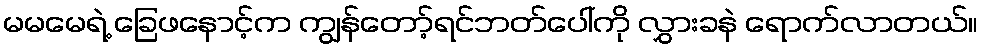
မမမေရဲ့ ခြေဖနောင့်က ကျွန်တော့်ရင်ဘတ်ပေါ်ကို လွှားခနဲ ရောက်လာတယ်။